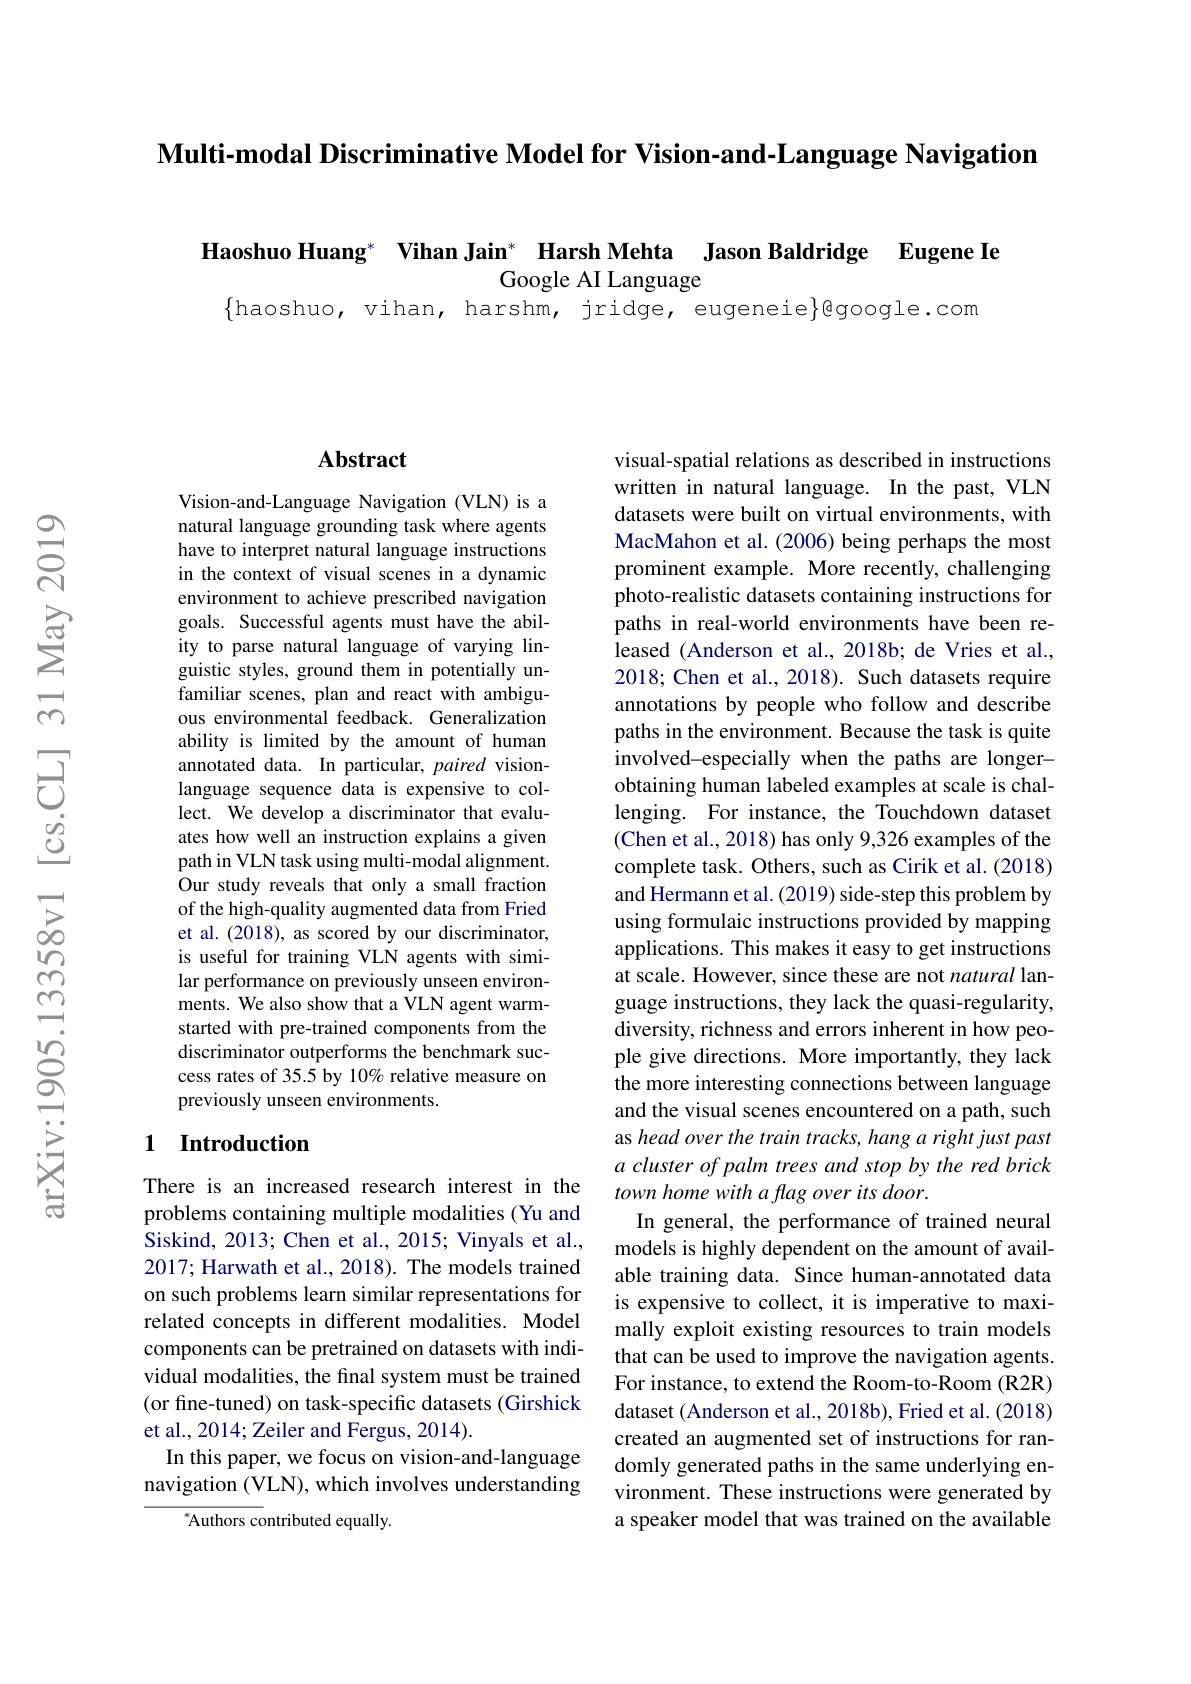
$\textbf{Multi- modal Discriminative Model for Vision- and- Language Navigation}$

Haoshuo Huang* Vihan Jain* Harsh Mehta Jason Baldridge Eugene Ie
Google AI Language
$\{$haoshuo, vihan, harshm, jridge, eugeneie$\}$google.com

### $\mathbf{Abstract}$

Vision-and-Language Navigation (VLN) is a natural language grounding task where agents have to interpret natural language instructions in the context of visual scenes in a dynamic environment to achieve prescribed navigation goals. Successful agents must have the ability to parse natural language of varying linguistic styles, ground them in potentially unfamiliar scenes, plan and react with ambiguous environmental feedback. Generalization ability is limited by the amount of human annotated data. In particular, paired visionlanguage sequence data is expensive to collect. We develop a discriminator that evaluates how well an instruction explains a given path in VLN task using multi-modal alignment. Our study reveals that only a small fraction of the high-quality augmented data from Fried et al. (2018), as scored by our discriminator, is useful for training VLN agents with similar performance on previously unseen environments. We also show that a VLN agent warmstarted with pre-trained components from the discriminator outperforms the benchmark success rates of 35.5 by 10% relative measure on previously unseen environments.

### 1 Introduction

There is an increased research interest in the problems containing multiple modalities (Yu and Siskind, 2013; Chen et al., 2015; Vinyals et al., 2017; Harwath et al., 2018). The models trained on such problems learn similar representations for related concepts in different modalities. Model components can be pretrained on datasets with individual modalities, the final system must be trained (or fine-tuned) on task-specific datasets (Girshick et al., 2014; Zeiler and Fergus, 2014).
In this paper, we focus on vision-and-language navigation (VLN), which involves understanding
${^*}{\mathrm{Authors~contributed~equally.}}$

visual-spatial relations as described in instructions written in natural language. In the past, VLN datasets were built on virtual environments, with MacMahon et al. (2006) being perhaps the most prominent example. More recently, challenging photo-realistic datasets containing instructions for paths in real-world environments have been released (Anderson et al., 2018b; de Vries et al., 2018; Chen et al., 2018). Such datasets require annotations by people who follow and describe paths in the environment. Because the task is quite involved-especially when the paths are longerobtaining human labeled examples at scale is challenging. For instance, the Touchdown dataset (Chen et al., 2018) has only 9,326 examples of the complete task. Others, such as Cirik et al. (2018) and Hermann et al. (2019) side-step this problem by using formulaic instructions provided by mapping applications. This makes it easy to get instructions at scale. However, since these are not natural language instructions, they lack the quasi-regularity diversity, richness and errors inherent in how people give directions. More importantly, they lack the more interesting connections between language and the visual scenes encountered on a path, such as head over the train tracks, hang a right just past a cluster of palm trees and stop by the red brick town home with a flag over its door.
In general, the performance of trained neural models is highly dependent on the amount of available training data. Since human-annotated data is expensive to collect, it is imperative to maximally exploit existing resources to train models that can be used to improve the navigation agents. For instance, to extend the Room-to-Room (R2R) dataset (Anderson et al., 2018b), Fried et al. (2018) created an augmented set of instructions for randomly generated paths in the same underlying environment. These instructions were generated by a speaker model that was trained on the available